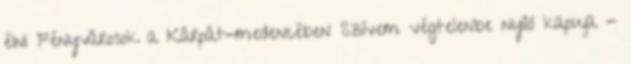
élni Fényvárosok a Kárpát-medencében Szívem végtelenbe nyíló kapuja -